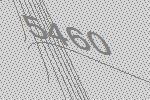
5460